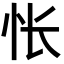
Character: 怅